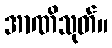
အာဏိသုတ်။